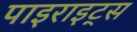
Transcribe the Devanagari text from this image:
पाइराइट्स